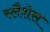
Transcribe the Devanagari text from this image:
स्लैशेस